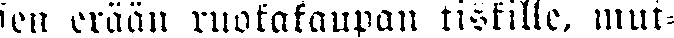
sen erään ruokakaupan tiskille, mut-